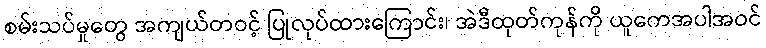
စမ်းသပ်မှုတွေ အကျယ်တဝင့် ပြုလုပ်ထားကြောင်း၊ အဲဒီထုတ်ကုန်ကို ယူကေအပါအဝင်